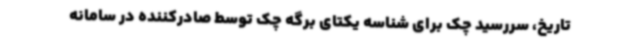
تاریخ، سررسید چک برای شناسه یکتای برگه چک توسط صادرکننده در سامانه